V__Kingissepa_nim__kolhoos, lk 89
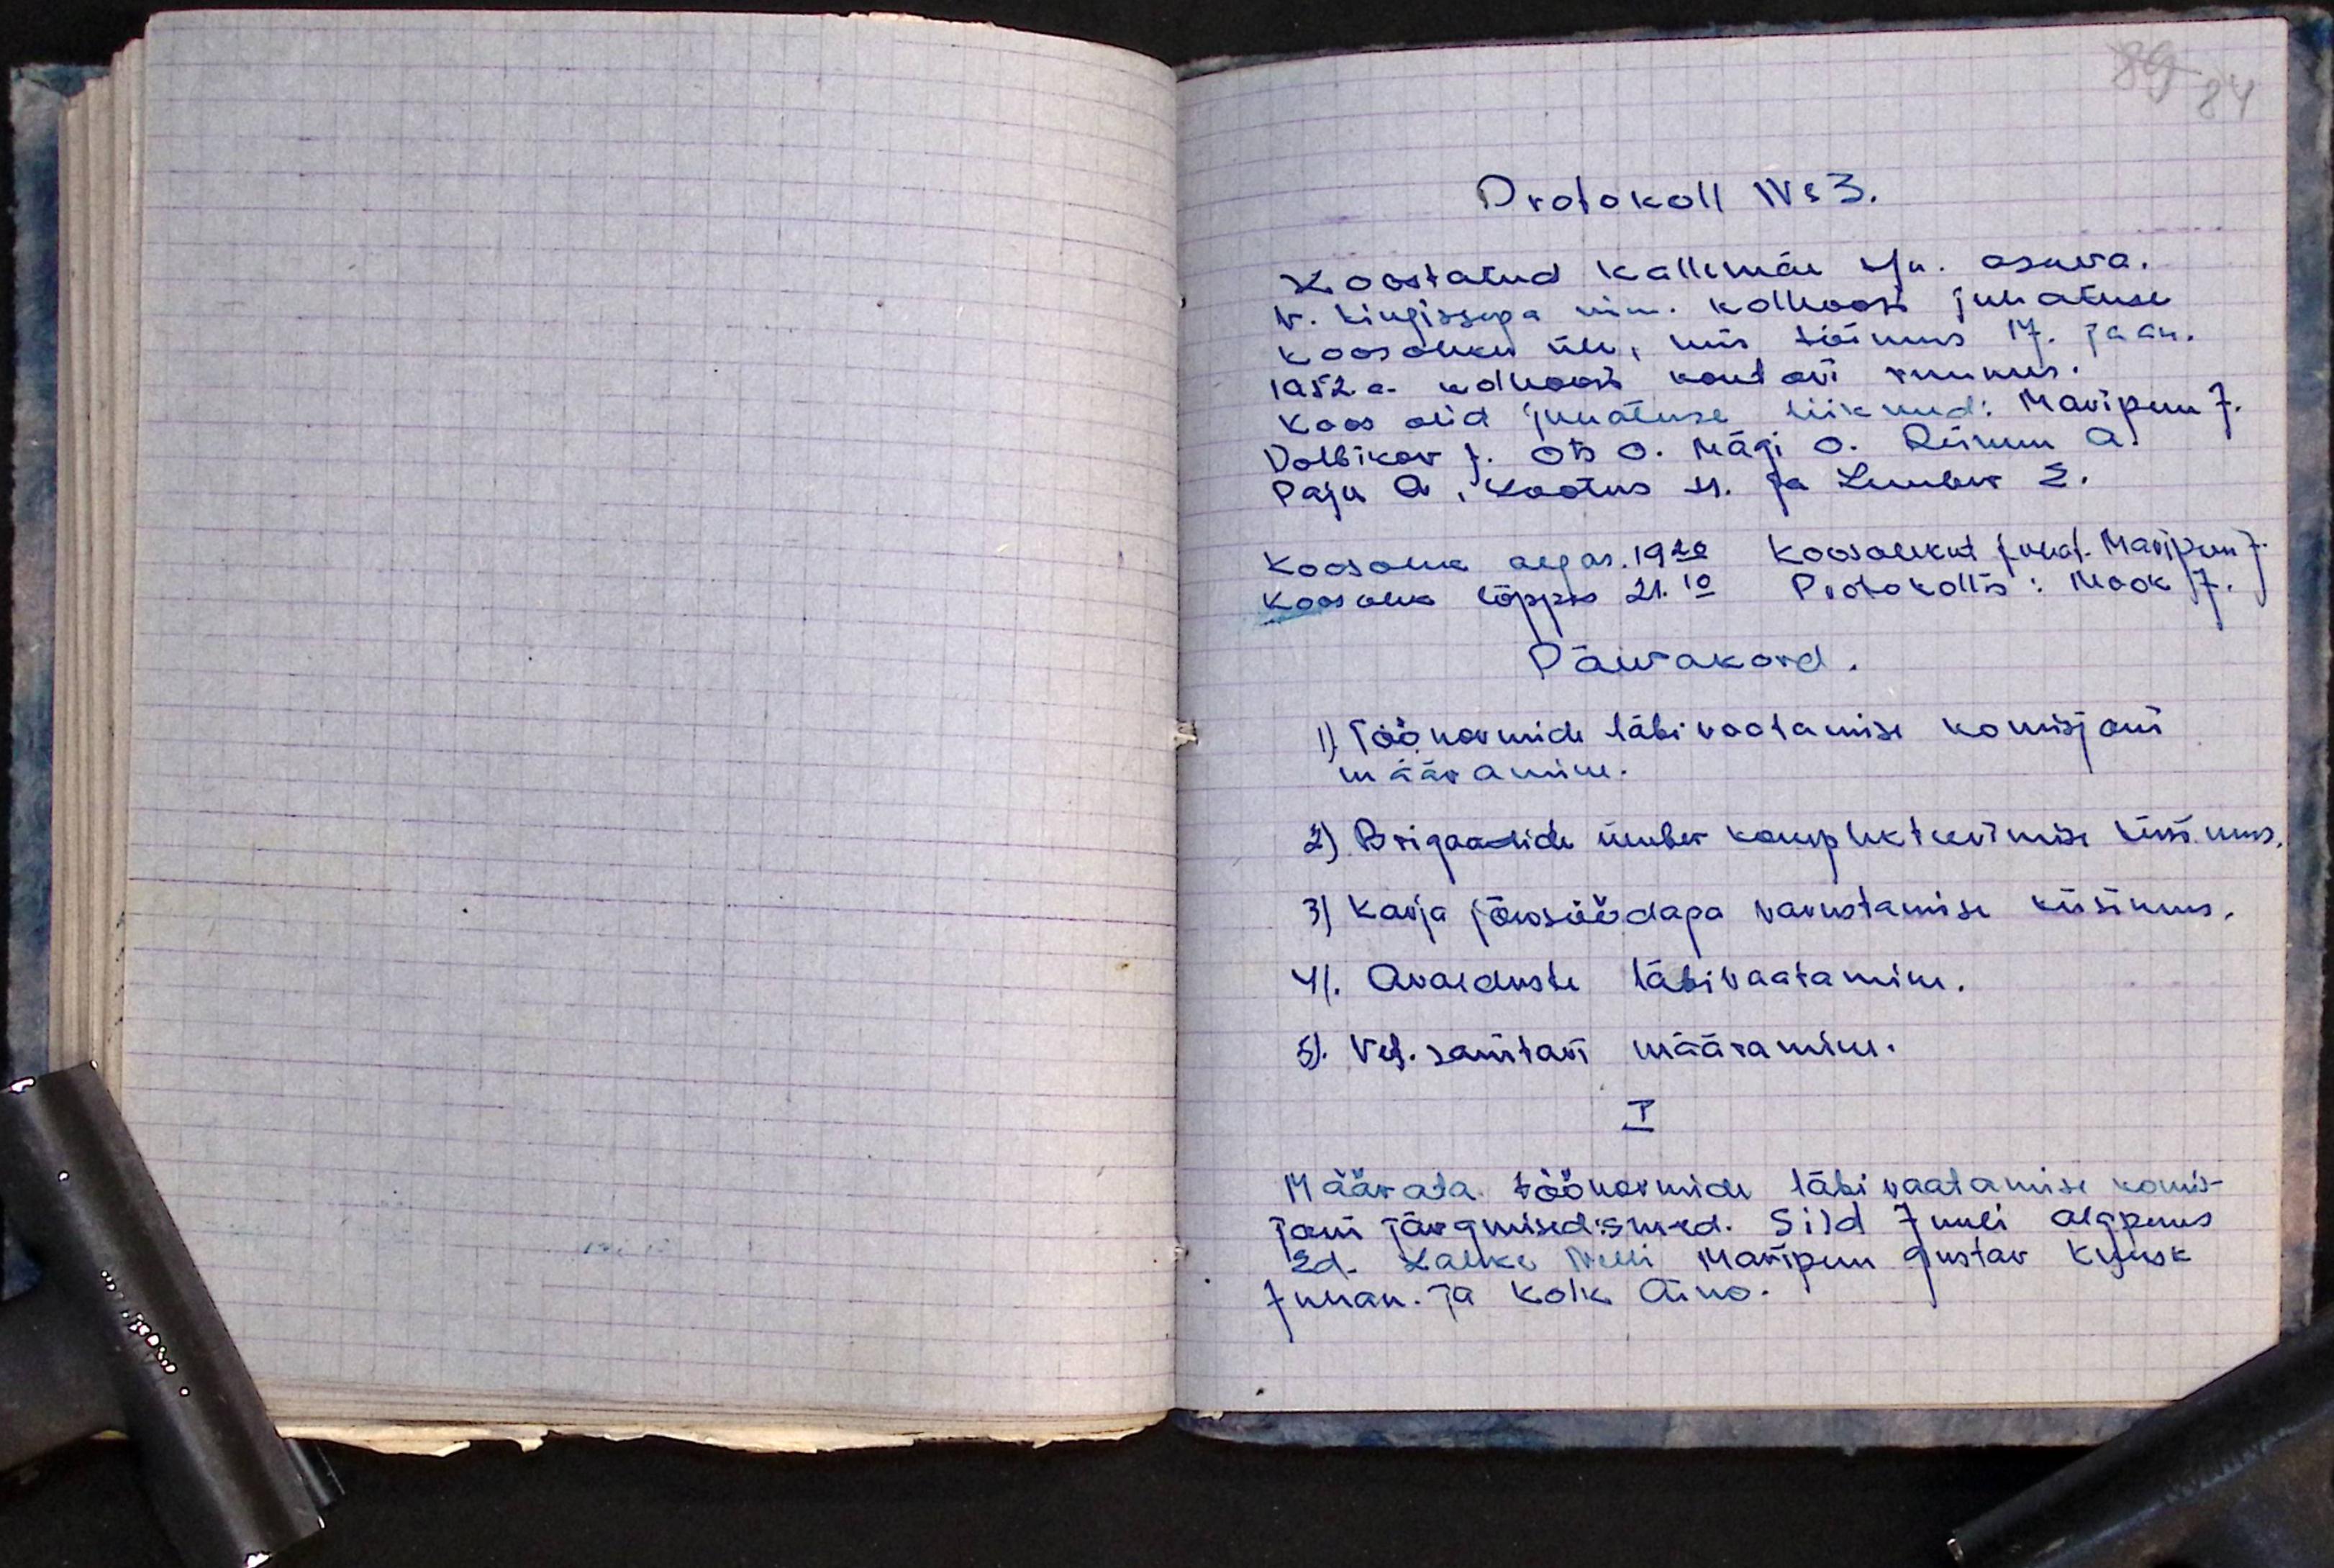
89 84
Protokoll Nr 3.
Koostatud Kallemäe k/n asuva.
V. Kingissepa nim. kolhoosi juhatuse
koosoleku üle, mis toimus 17. jaan.
1952. a. kolhoosi kontori ruumes.
Koos olid juhatuse liikmed: Maripuu J.
Dolbikov J. Ots. O. Mägi O. Reinem A.
Paju A. Lootus H. Ja Lember E.
Koosolek algas. 19.20 koosolekut juhat. Maripuu J.
koosoleks lõppes 21.10 Protokollis: Mook J.
Päevakord
1) Töönormide läbi vaatamise komisjoni
määramine.
2) Brigaadide ümber komplekteerimise küsimus,
3) Karja jõusöödaga varustamise küsimus.
4) Avalduste läbivaatamine.
5). Vet. sanitari määramine.
I
Määrata töönormide läbi vaatamise komi-
joni järgmised. Sild Juuli algunus
Ed. Lahke Melli Maripuu Gustav Kuusk
Juhan. ja kolk Aino.